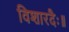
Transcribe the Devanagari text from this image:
विशारदैः॥